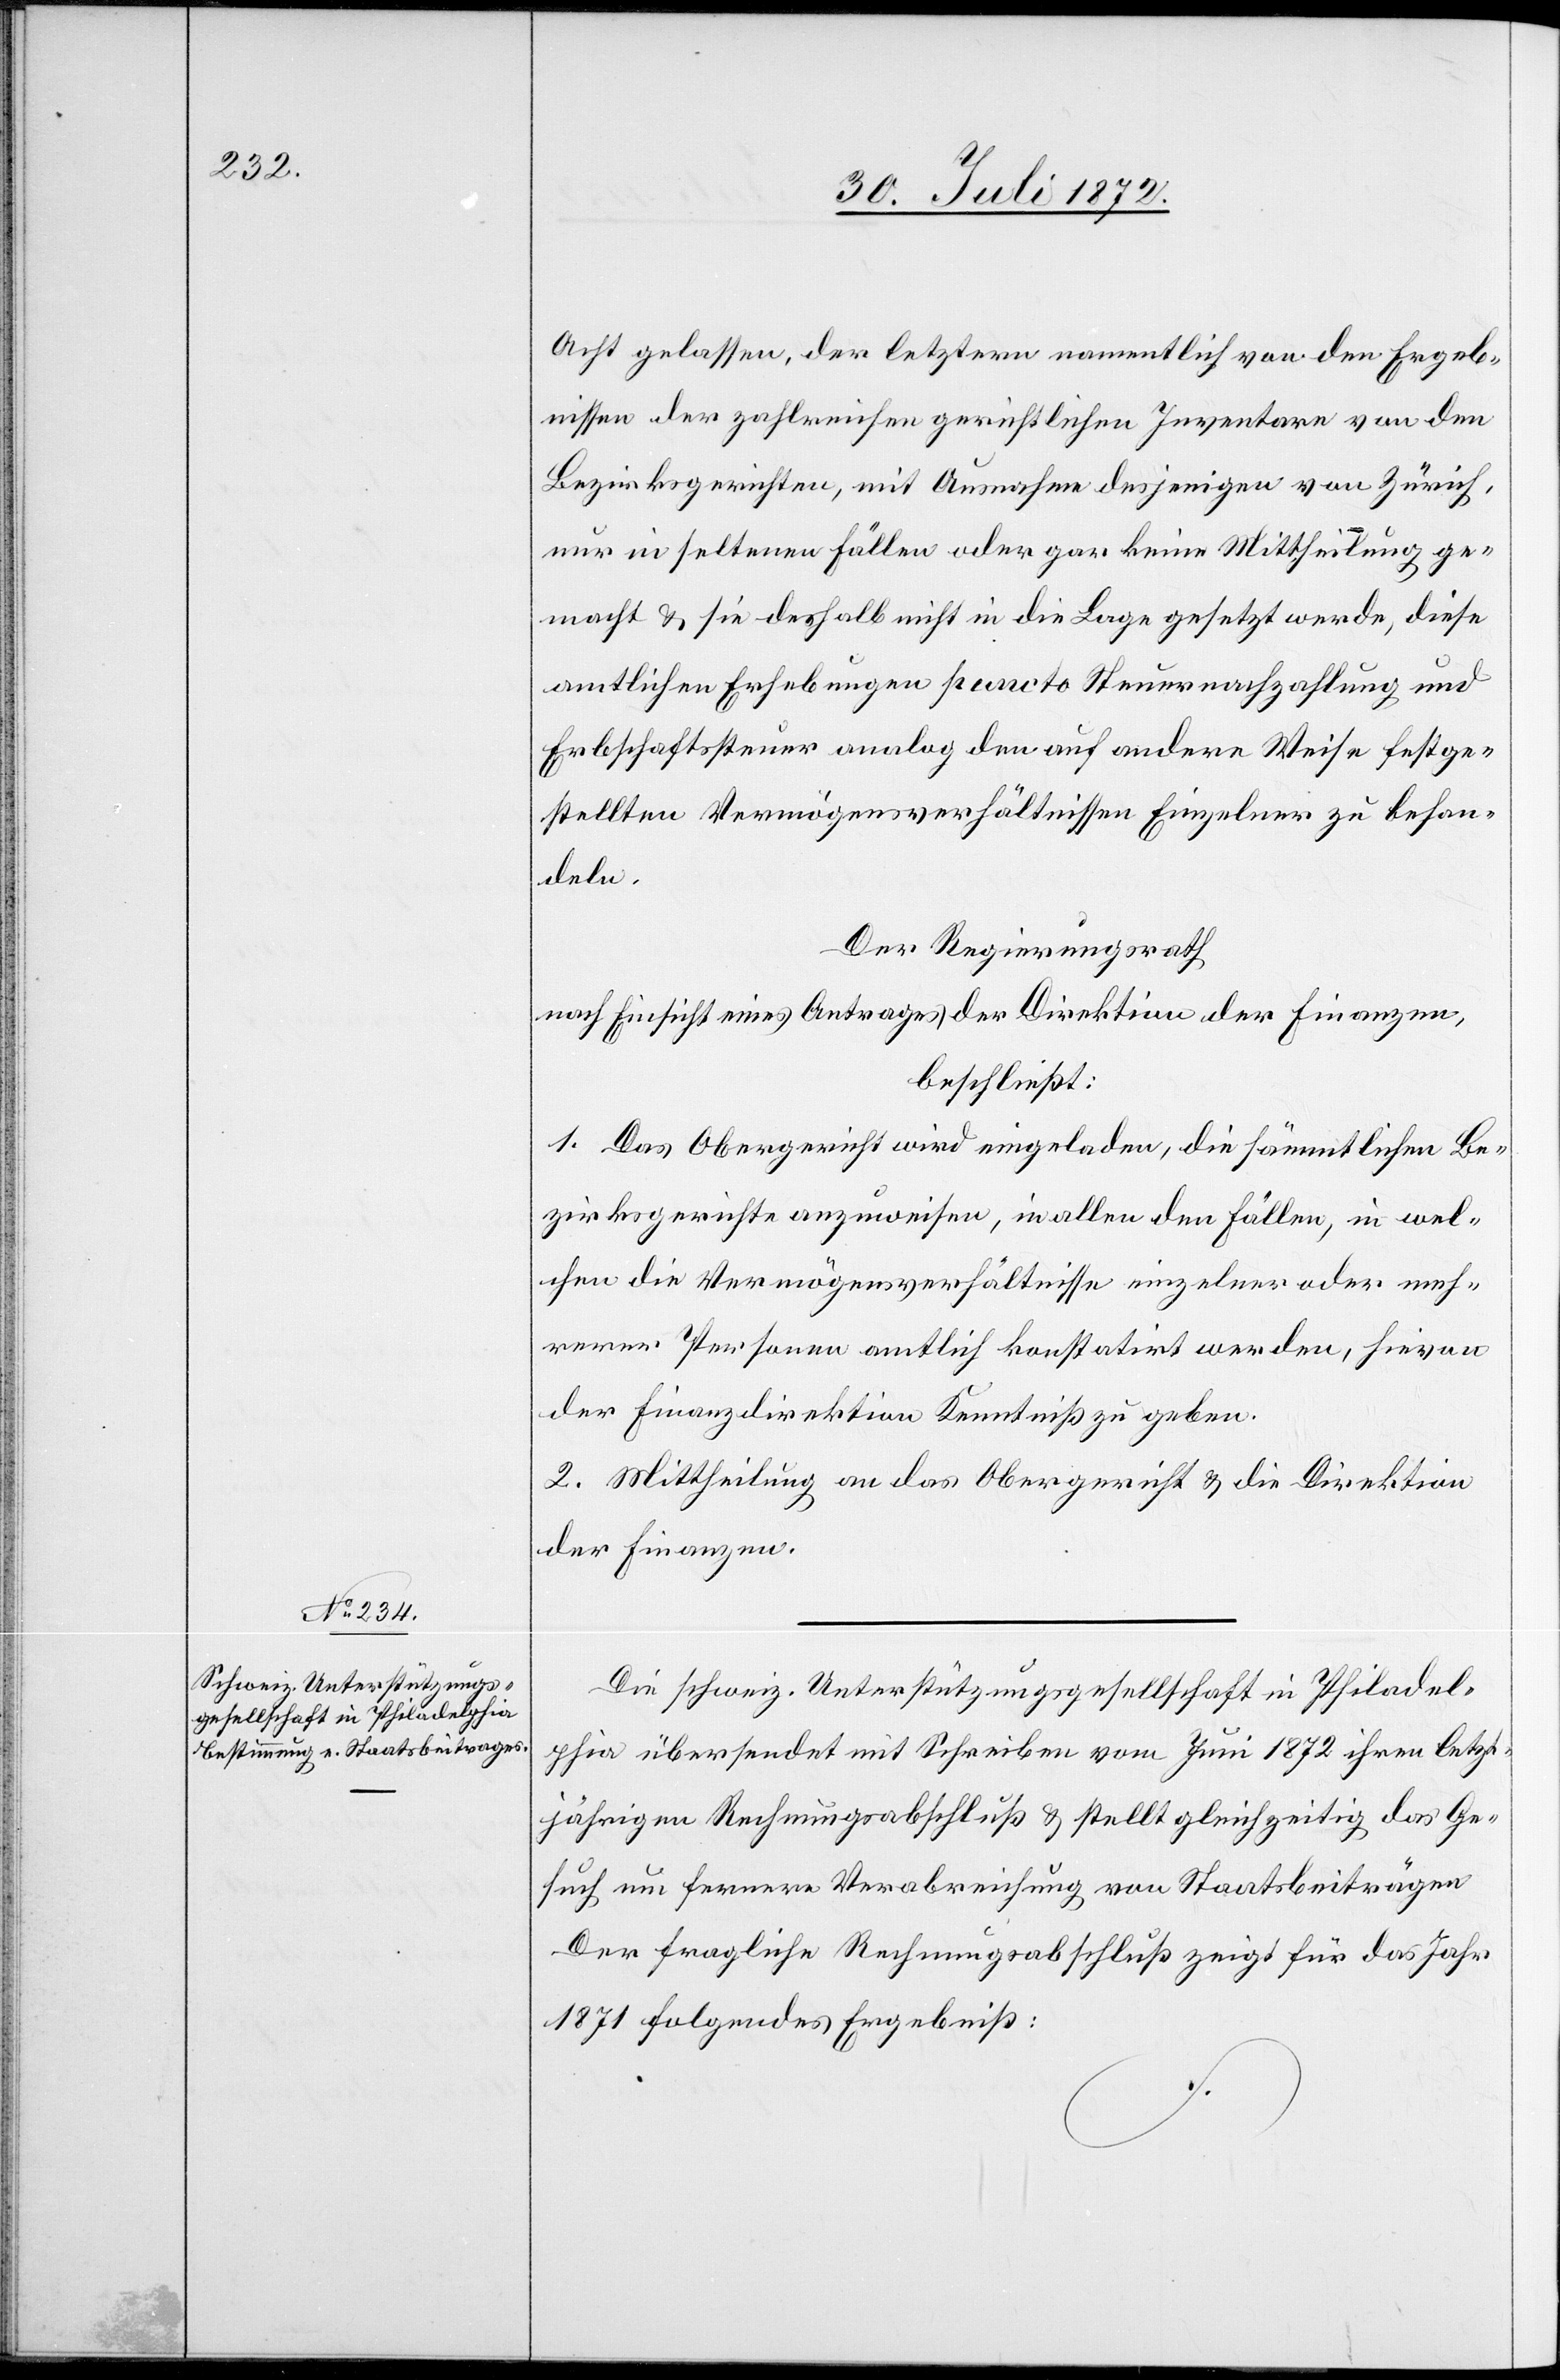
Acht gelassen, der letztern namentlich von den Ergeb¬
nissen der zahlreichen gerichtlichen Inventare von den
Bezirksgerichten, mit Ausnahme desjenigen von Zürich,
nur in seltenen Fällen oder gar keine Mittheilung ge¬
macht u. sie deshalb nicht in die Lage gesetzt werde, diese
amtlichen Erhebungen puncto Steuernachzahlung und
Erbschaftssteuer analog den auf andere Weise festge¬
stellten Vermögensverhältnissen Einzelner zu behan¬
deln.
Der Regierungsrath
nach Einsicht eines Antrages der Direktion der Finanzen,
beschließt:
1. Das Obergericht wird eingeladen, die sämmtlichen Be¬
zirksgerichte anzuweisen, in allen den Fällen, in wel¬
chen die Vermögensverhältnisse einzelner oder meh¬
rerer Personen amtlich konstatirt werden, hievon
der Finanzdirektion Kenntniß zu geben.
2. Mittheilung an das Obergericht u. die Direktion
der Finanzen.
Die schweiz. Unterstützungsgesellschaft in Philadel¬
phia übersendet mit Schreiben vom Juni 1872 ihren letzt¬
jährigen Rechnungsabschluß u. stellt gleichzeitig das Ge¬
such um fernere Verabreichung von Staatsbeiträgen.
Der fragliche Rechnungsabschluß zeigt für das Jahr
1871 folgendes Ergebniß: